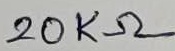
Text: 20KΩ